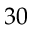
3 0